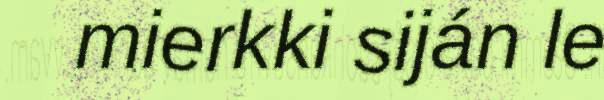
mierkki siján le